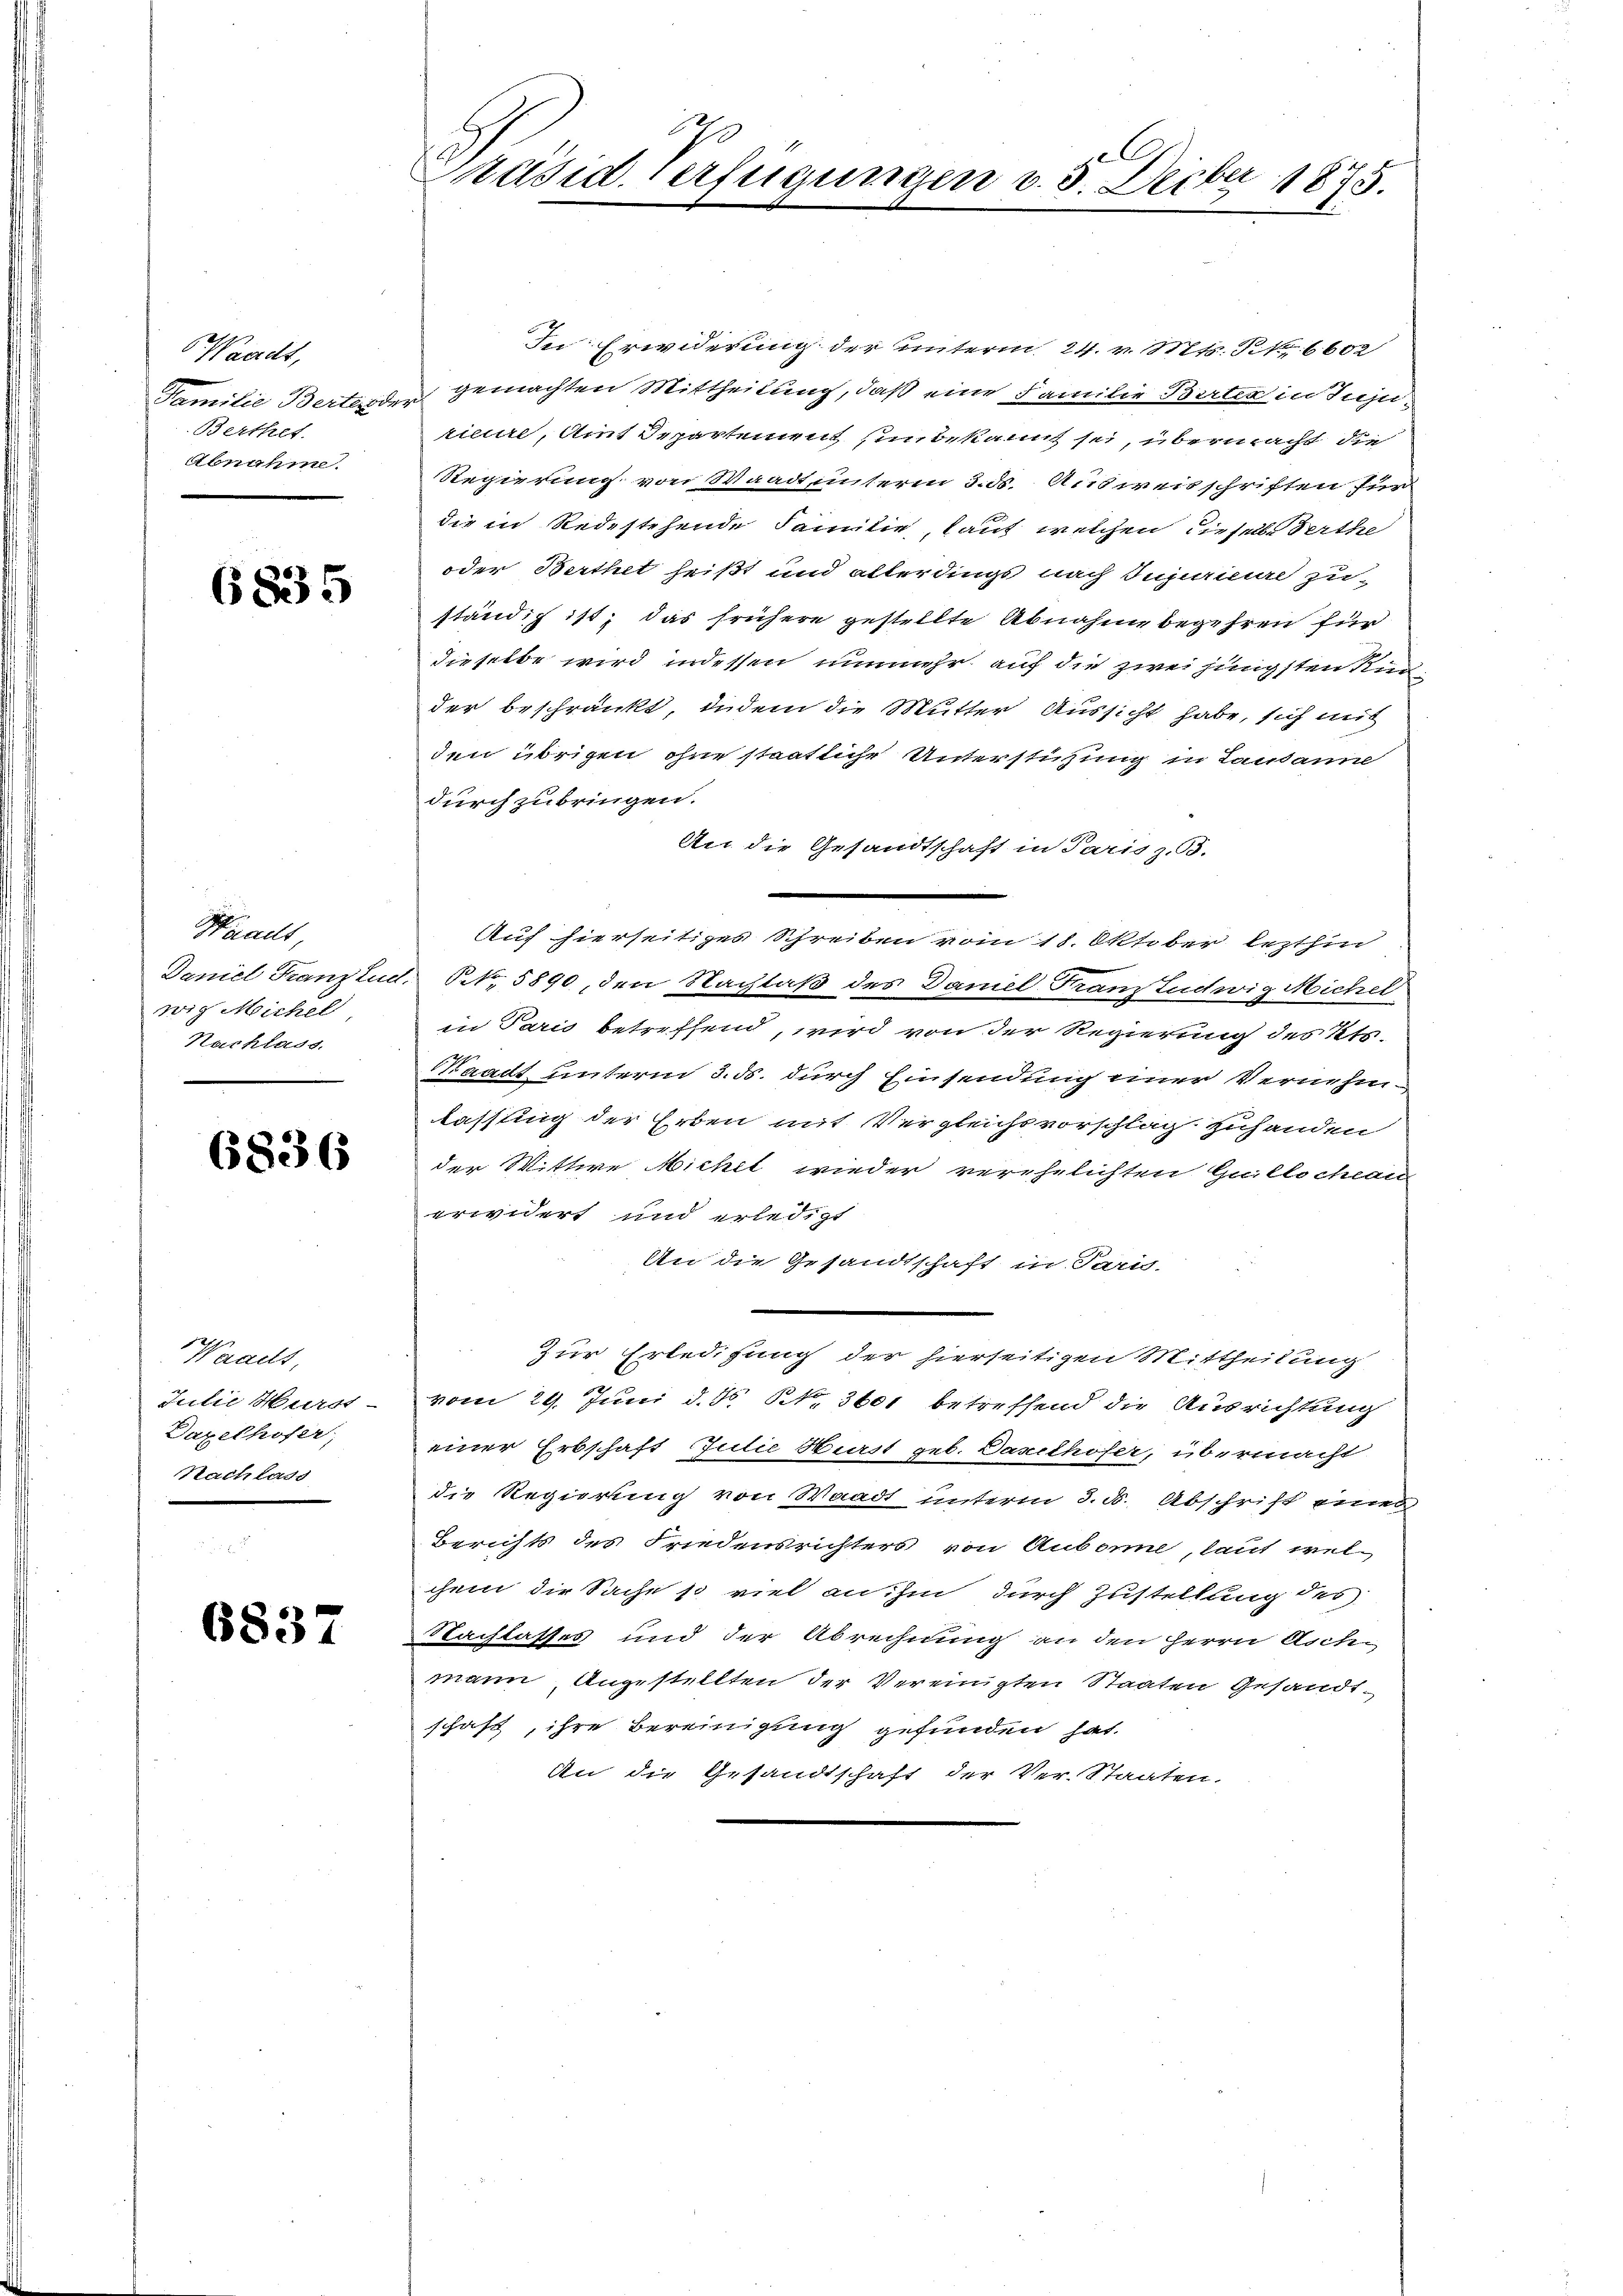
Waadt,
Familie Berten der
Berthet.
Abnahme.

6835

Waadt,
wig Michel
Nachlass.

6836

Waadt,
Daxelhofer,
Nachlass

6837

Präsid Verfügungen v. 5. Decbr 1873.

In Erwiderung der unterm 24. v. Mts. S. 6602
gemachten Mittheilung, daß eine Familie Birter in Junrieure, Amt Departement ein bekannt sei, übermacht, die
Regierung von Waadt unterm 3. ds. Ausweisschriften für
die in Redestehende Familie, lauf welchen dieselbe Verthe
oder Berthet heißt und allerdings nach Injurieure zu-
ständig ist; das frühere gestellte Abnahme begehren für
dieselbe wird indessen nunmehr auf die zwei jüngsten Kreisder beschränkt, indem die Mutter Aussicht habe, sich mit
den übrigen ohne staatliche Unterstützung in Landanne
durch zubringen.
An die Gesandtschaft in Paris z. B.
e
Auf hierseitiges Schreiben vom 18. Oktober lezthin
Daniel Franz lud N. 5890, den Nachlaß des Daniel Franz Ludwig Michel
in Paris betreffend, wird von der Regierung des Kts.
Waadt unterm 3. ds. durch Einsendung einer Vernehm
lassung der Erben mit Vergleichsvorschlag zuhanden
der Wittwe Michel wieder verehelichten Guillochean
erwidert und erledigt
An die Gesandtschaft in Paris.
zur Erledigung der hierseitigen Mittheilung
Julie Hurst vom 29. Juni d. Js. Nr. 3601 betreffend die Ausrichtung
einer Erbschaft Julie Hurst geb. Darsthofer, übermacht
die Regierung von Waadt unterm 3. d. Abschrift eines
Berichts des Friedensrichters von Aubone, laut welchem die Sache so viel an ihm durch Zustellung des
Nachlasses und der Abrechnung an den Herrn Aschmann Angestellten der Vereinigten Staaten Gesandtschaft, ihre Bereinigung gefunden hat.
An die Gesandtschaft der Ver-Staaten.